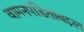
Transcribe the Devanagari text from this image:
वामनपंडितांबद्दल